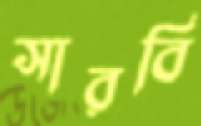
সারবি